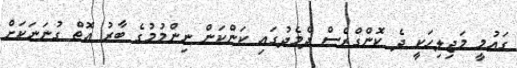
ގައުމީ މަޖިލިހަކީ ދެ ކޮންގްރެސް ދެމެދުގައި ކަންކަން ނިންމުމުގެ ބާރު އޮތް ގުނަނަކަށް